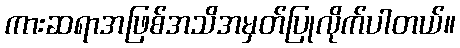
ကားဆရာအဖြစ်အသိအမှတ်ပြုလိုက်ပါတယ်။